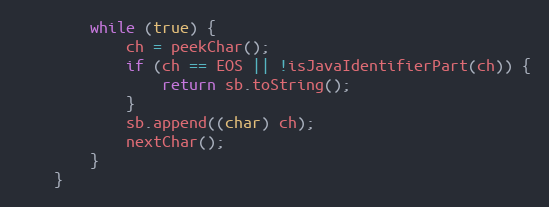
Language: Java
		while (true) {
			ch = peekChar();
			if (ch == EOS || !isJavaIdentifierPart(ch)) {
				return sb.toString();
			}
			sb.append((char) ch);
			nextChar();
		}
	}